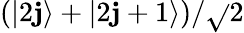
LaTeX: (|2\mathbf{j}\rangle+|2\mathbf{j}+1\rangle)/\sqrt{}{{2}}